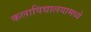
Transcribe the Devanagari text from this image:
कलाविद्यालयामध्ये